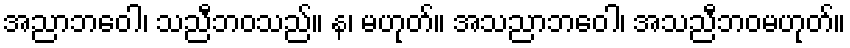
အညာဘဝေါ၊ သညီဘဝသည်။ န၊ မဟုတ်။ အသညာဘဝေါ၊ အသညီဘဝမဟုတ်။